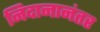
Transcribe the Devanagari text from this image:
निदानानंतर